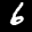
Label: 6